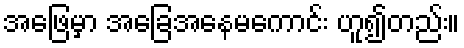
အဖြေမှာ အခြေအနေမကောင်း ဟူ၍တည်း။